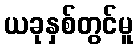
ယခုနှစ်တွင်မူ